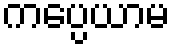
ကပ္ပေယာမ